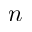
n